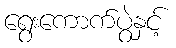
ရွေးကောက်ပွဲနှင့်